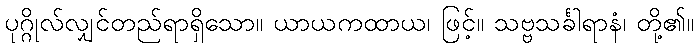
ပုဂ္ဂိုလ်လျှင်တည်ရာရှိသော။ ယာယကထာယ၊ ဖြင့်။ သဗ္ဗသင်္ခါရာနံ၊ တို့၏။